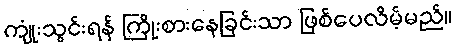
ကျုံးသွင်းရန် ကြိုးစားနေခြင်းသာ ဖြစ်ပေလိမ့်မည်။